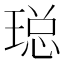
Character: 𮴨